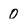
Character: 0